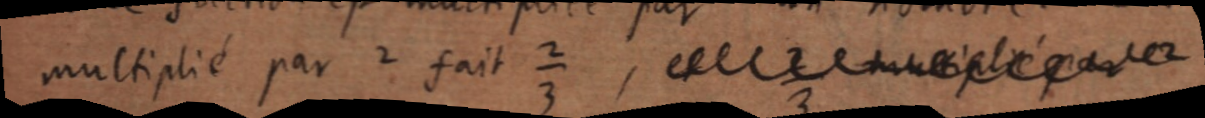
multiplié par 2 fait ⅔, et ⅔ multiplié par 2